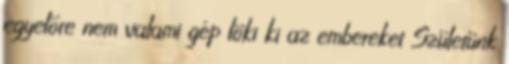
egyelőre nem valami gép löki ki az embereket Születünk